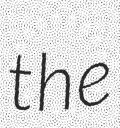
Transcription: the